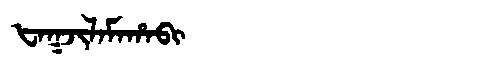
Manchu: ᡶᠠᡴᠵᡳᠯᠠᠮᠠᡥᠠᠪᡳ
Romanization: FAKJILAMAHABI